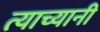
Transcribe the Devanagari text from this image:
त्याच्यानी